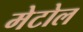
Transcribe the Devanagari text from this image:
मेटोल